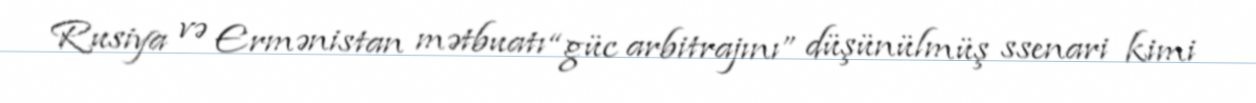
Rusiya və Ermənistan mətbuatı “güc arbitrajını” düşünülmüş ssenari kimi